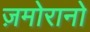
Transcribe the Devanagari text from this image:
ज़मोरानो